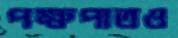
পক্ষপাতও